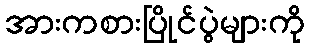
အားကစားပြိုင်ပွဲများကို